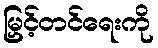
မြှင့်တင်ရေးကို